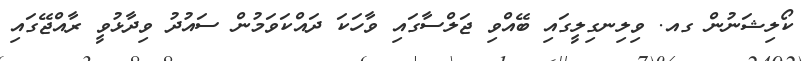
ކޯލިޝަނުން ގއ. ވިލިނގިލީގައި ބޭއްވި ޖަލްސާގައި ވާހަކަ ދައްކަވަމުން ސައުދު ވިދާޅުވީ ރާއްޖޭގައި